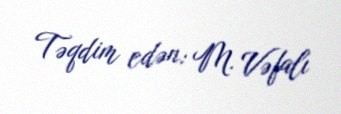
Təqdim edən: M. Vəfalı